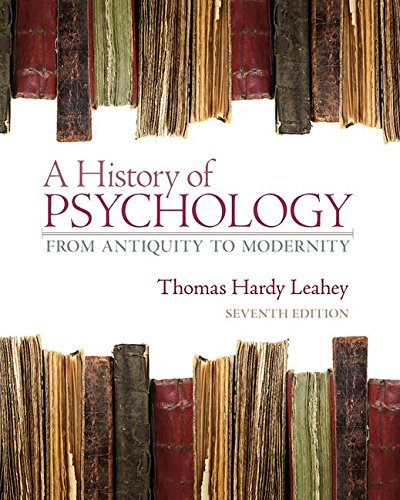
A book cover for A History of Psychology: From Antiquity to Modernity; Thomas Leahey; Medical Books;